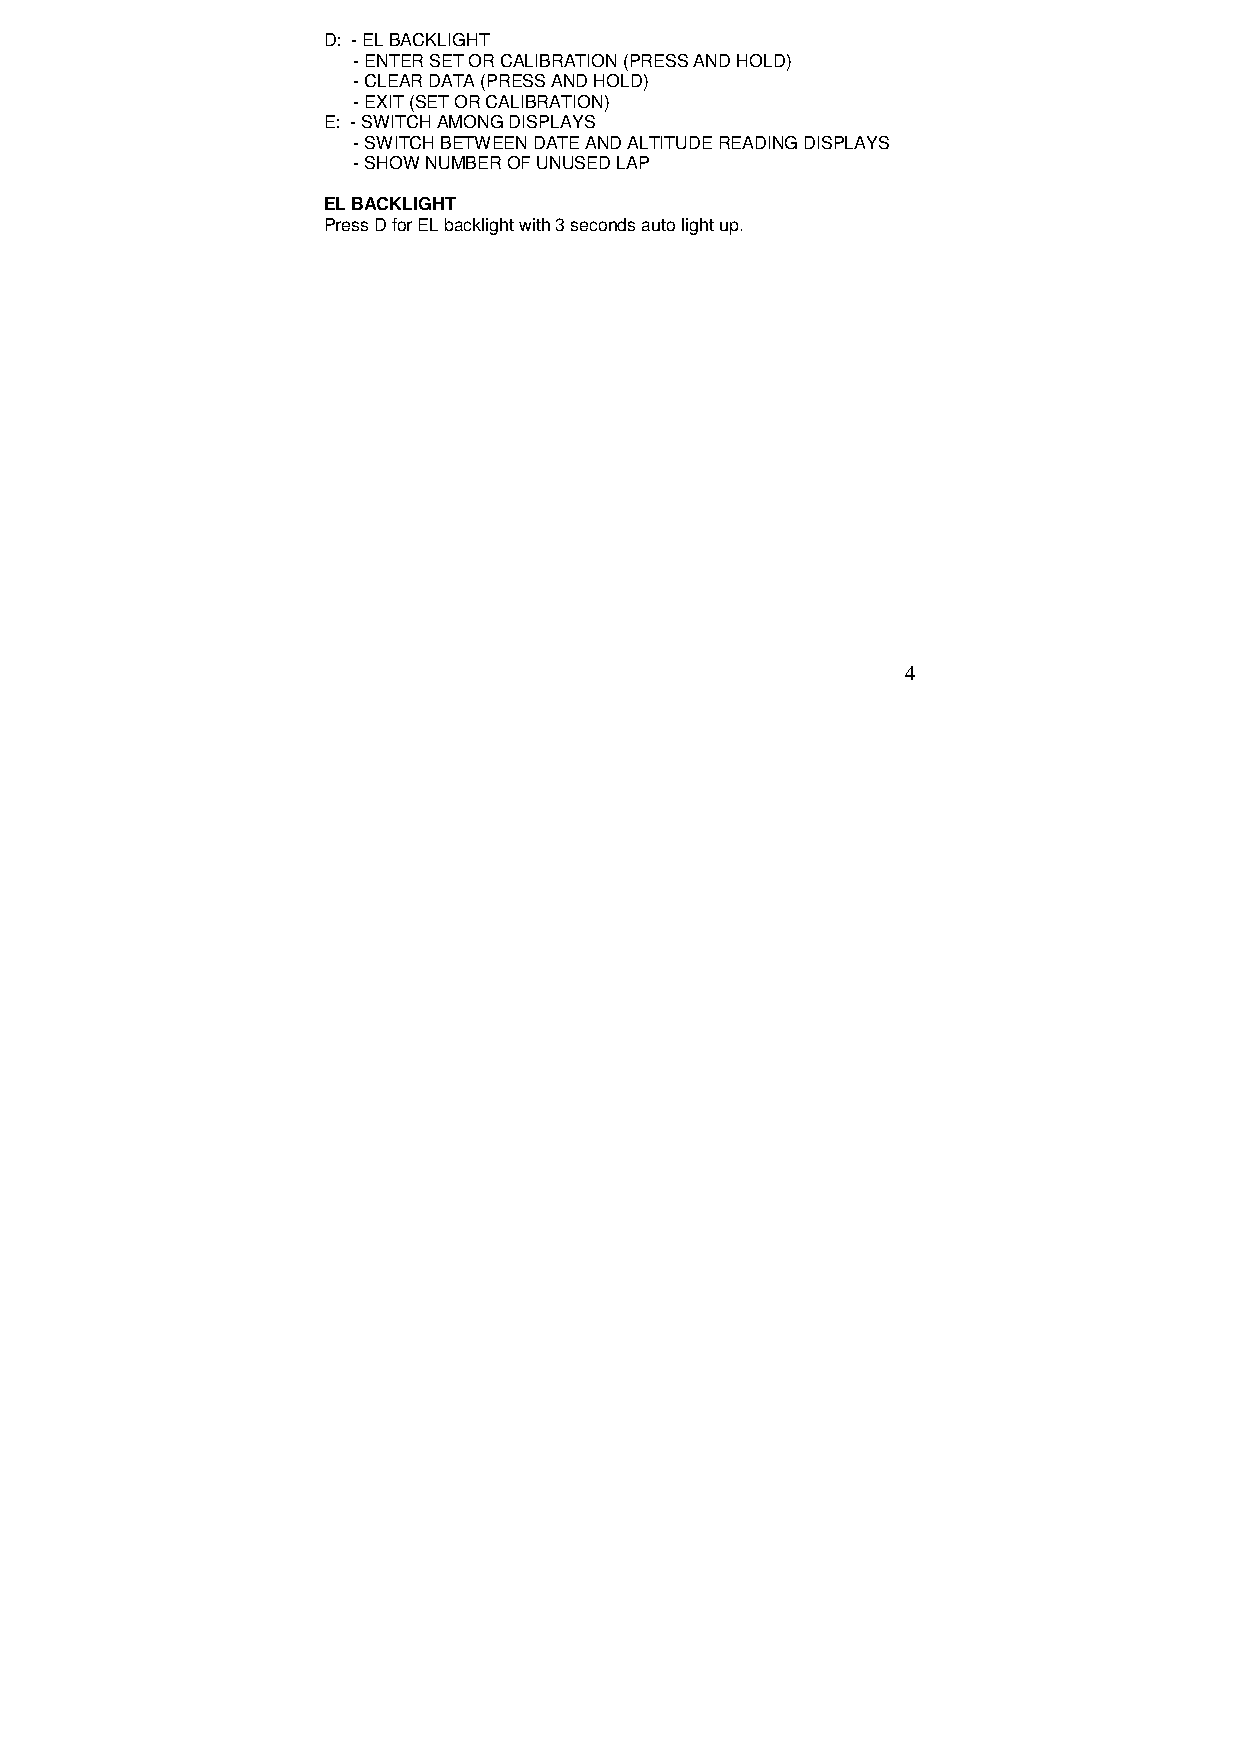
D: - EL BACKLIGHT
 - ENTER SET OR CALIBRATION (PRESS AND HOLD)
 - CLEAR DATA (PRESS AND HOLD)
 - EXIT (SET OR CALIBRATION)
 E: - SWITCH AMONG DISPLAYS
 - SWITCH BETWEEN DATE AND ALTITUDE READING DISPLAYS
 - SHOW NUMBER OF UNUSED LAP
 EL BACKLIGHT
 Press D for EL backlight with 3 seconds auto light up.
 4